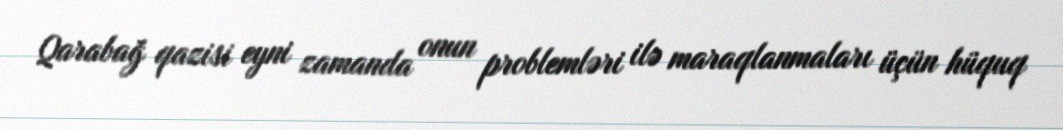
Qarabağ qazisi eyni zamanda onun problemləri ilə maraqlanmaları üçün hüquq